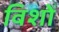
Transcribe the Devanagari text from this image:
विशों